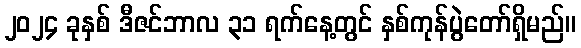
၂၀၂၄ ခုနှစ် ဒီဇင်ဘာလ ၃၁ ရက်နေ့တွင် နှစ်ကုန်ပွဲတော်ရှိမည်။